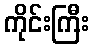
ကိုင်းကြီး